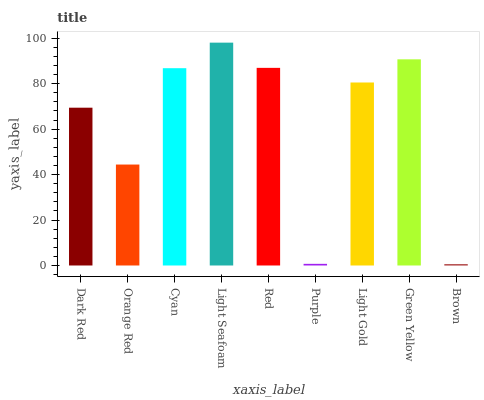
| xaxis_label | bars |
 | --- | --- |
 | Dark Red | 69.4 |
 | Orange Red | 44.4 |
 | Cyan | 86.8 |
 | Light Seafoam | 98.1 |
 | Red | 87 |
 | Purple | 0.725 |
 | Light Gold | 80.5 |
 | Green Yellow | 90.7 |
 | Brown | 0.569 |